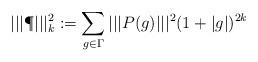
LaTeX: \begin{align*}||| \P |||^2_k := \sum_{g\in \Gamma} ||| P(g) |||^2 (1+ |g|)^{2k}\end{align*}